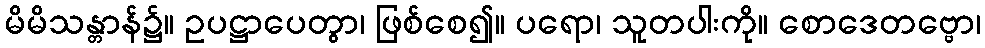
မိမိသန္တာန်၌။ ဥပဋ္ဌာပေတွာ၊ ဖြစ်စေ၍။ ပရော၊ သူတပါးကို။ စောဒေတဗ္ဗော၊